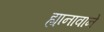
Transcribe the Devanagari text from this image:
ह्यानावाने